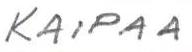
KAIPAA